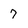
Character: 7